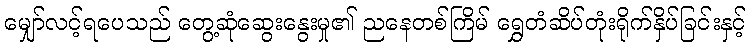
မျှော်လင့်ရပေသည် တွေ့ဆုံဆွေးနွေးမှု၏ ညနေတစ်ကြိမ် ရွှေတံဆိပ်တုံးရိုက်နှိပ်ခြင်းနှင့်